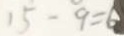
1 5 - 9 = 6